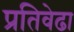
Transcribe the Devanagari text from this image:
प्रतिवेढा